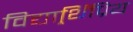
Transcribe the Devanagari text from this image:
विद्यार्र्थिप्रिय